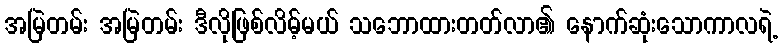
အမြဲတမ်း အမြဲတမ်း ဒီလိုဖြစ်လိမ့်မယ် သဘောထားတတ်လာ၏ နောက်ဆုံးသောကာလရဲ့